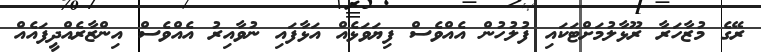
ރޭގެ މުޒާހަރާ ރޫޅާލުމަށްޓަކައި ފުލުހުން އެއްވެސް ފިޔަވަޅެއް އަޅާފައި ނުވާއިރު އެއްވެސް އިންޒާރެއްދީފައެއް